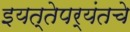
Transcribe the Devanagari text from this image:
इयत्तेपर्यंतचे